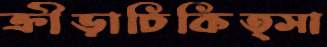
ক্রীড়াচিকিত্সা